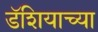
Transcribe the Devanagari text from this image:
डॅशियाच्या